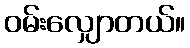
ဝမ်းလျှောတယ်။